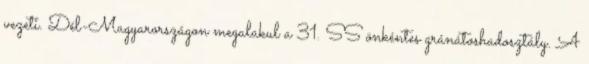
vezeti. Dél-Magyarországon megalakul a 31. SS önkéntes gránátoshadosztály. A